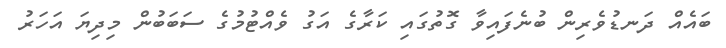
ބައެއް ދަނޑުވެރިން ބުނެފައިވާ ގޮތުގައި ކަރާގެ އަގު ވެއްޓުމުގެ ސަބަބުން މިދިޔަ އަހަރު